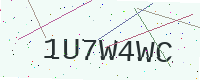
Text: 1U7W4WC